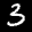
Label: 3